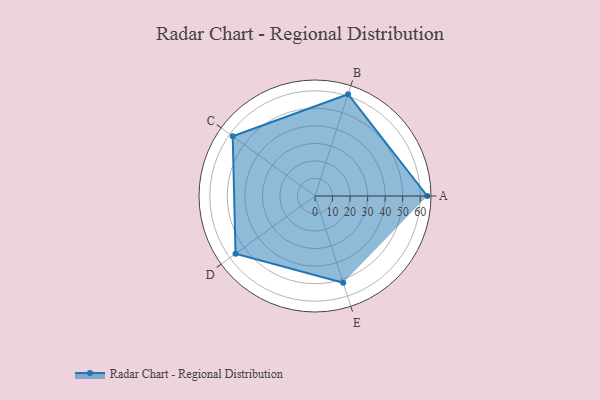
{"axis": {"x": "Skill", "y": "Score"}, "legend": ["Profile"], "data": [{"x": "A", "y": 64.0, "type": "Profile"}, {"x": "B", "y": 61.0, "type": "Profile"}, {"x": "C", "y": 58.0, "type": "Profile"}, {"x": "D", "y": 56.0, "type": "Profile"}, {"x": "E", "y": 52.0, "type": "Profile"}]}